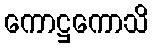
ကောဋ္ဌကောသိ